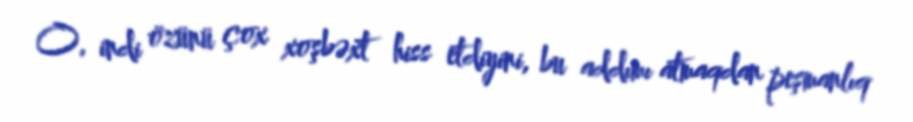
O, indi özünü çox xoşbəxt hiss etdiyini, bu addımı atmaqdan peşmanlıq